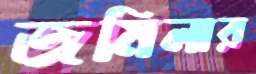
জমিলার